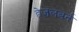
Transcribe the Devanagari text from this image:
हेज़लबर्न